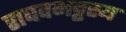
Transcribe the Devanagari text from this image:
राघवभट्टस्य